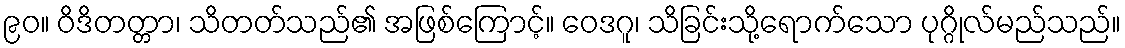
၉၀။ ဝိဒိတတ္တာ၊ သိတတ်သည်၏ အဖြစ်ကြောင့်။ ဝေဒဂူ၊ သိခြင်းသို့ရောက်သော ပုဂ္ဂိုလ်မည်သည်။